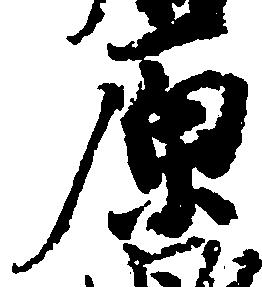
原